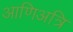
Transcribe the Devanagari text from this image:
आणिअत्रि